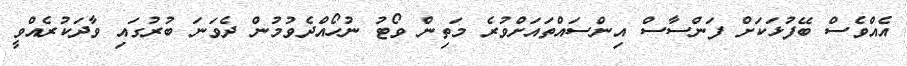
އެއްވެސް ބޭފުޅަކަށް ފަންސާސް އިންސައްތައަށްވުރެ މަތިން ވޯޓު ނުހޯއްދެވުމުން ދެވަނަ ބުރުގައި ވާދަކުރެއްވީ